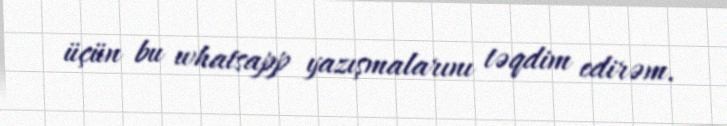
üçün bu whatsapp yazışmalarını təqdim edirəm.